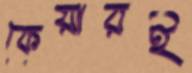
কেয়ারই